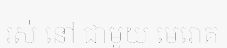
រស់ នៅ ជាមួយ មេរោគ